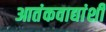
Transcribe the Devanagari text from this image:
आतंकवाद्यांशी